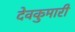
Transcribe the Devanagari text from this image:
देवकुमारी